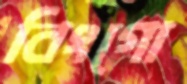
বিংগো